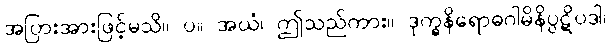
အပြားအားဖြင့်မသိ။ ပ။ အယံ၊ ဤသည်ကား။ ဒုက္ခနိရောဓဂါမိနိပ္ပဋိပဒါ၊